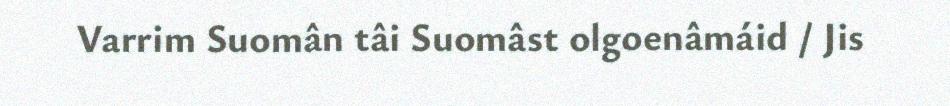
Varrim Suomân tâi Suomâst olgoenâmáid / Jis